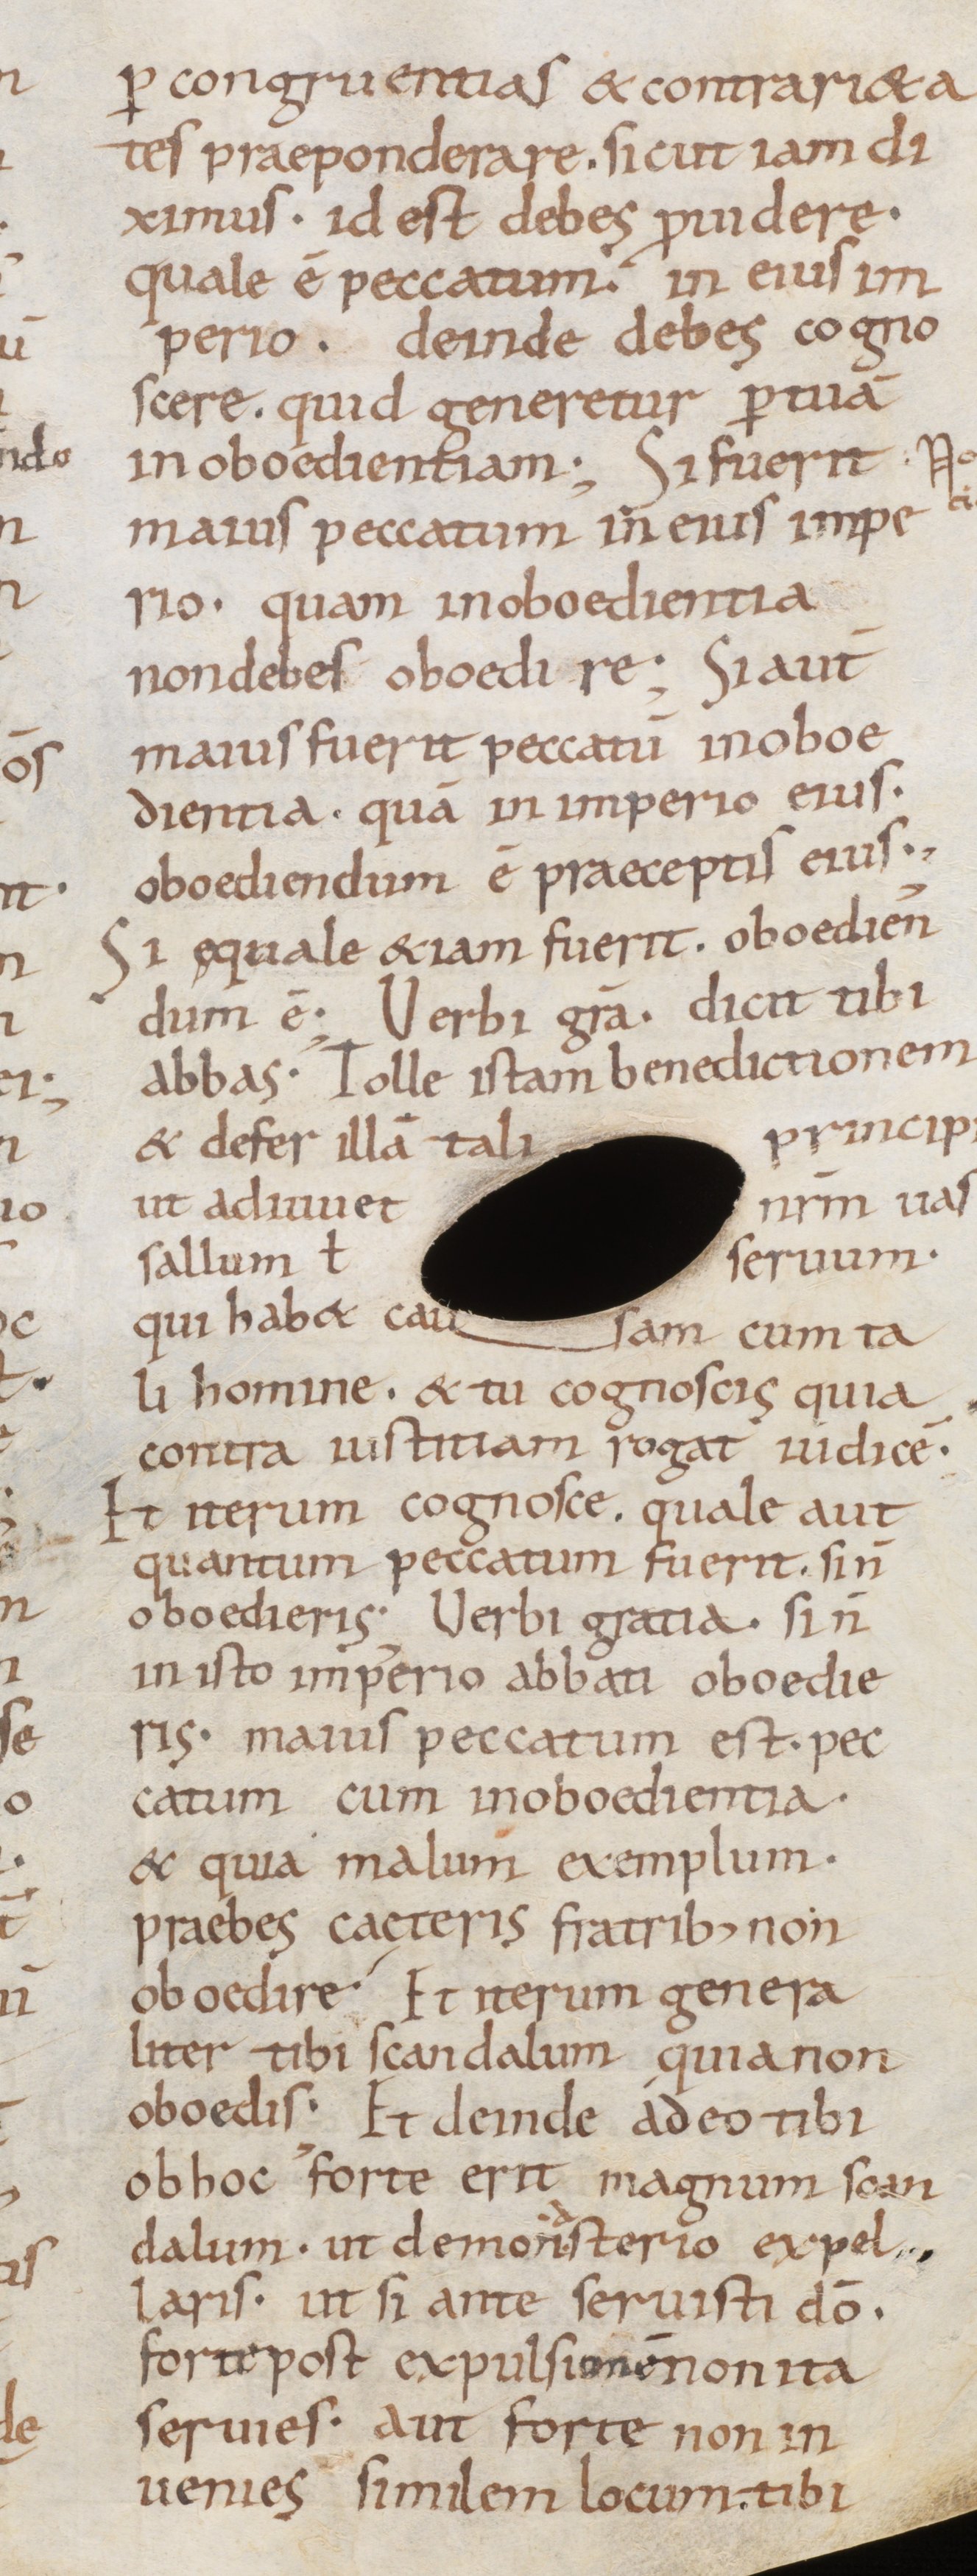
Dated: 800–999